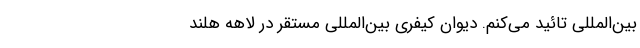
بین‌المللی تائید می‌کنم. دیوان کیفری بین‌المللی مستقر در لاهه هلند